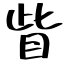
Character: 眥